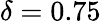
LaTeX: \delta=0.75